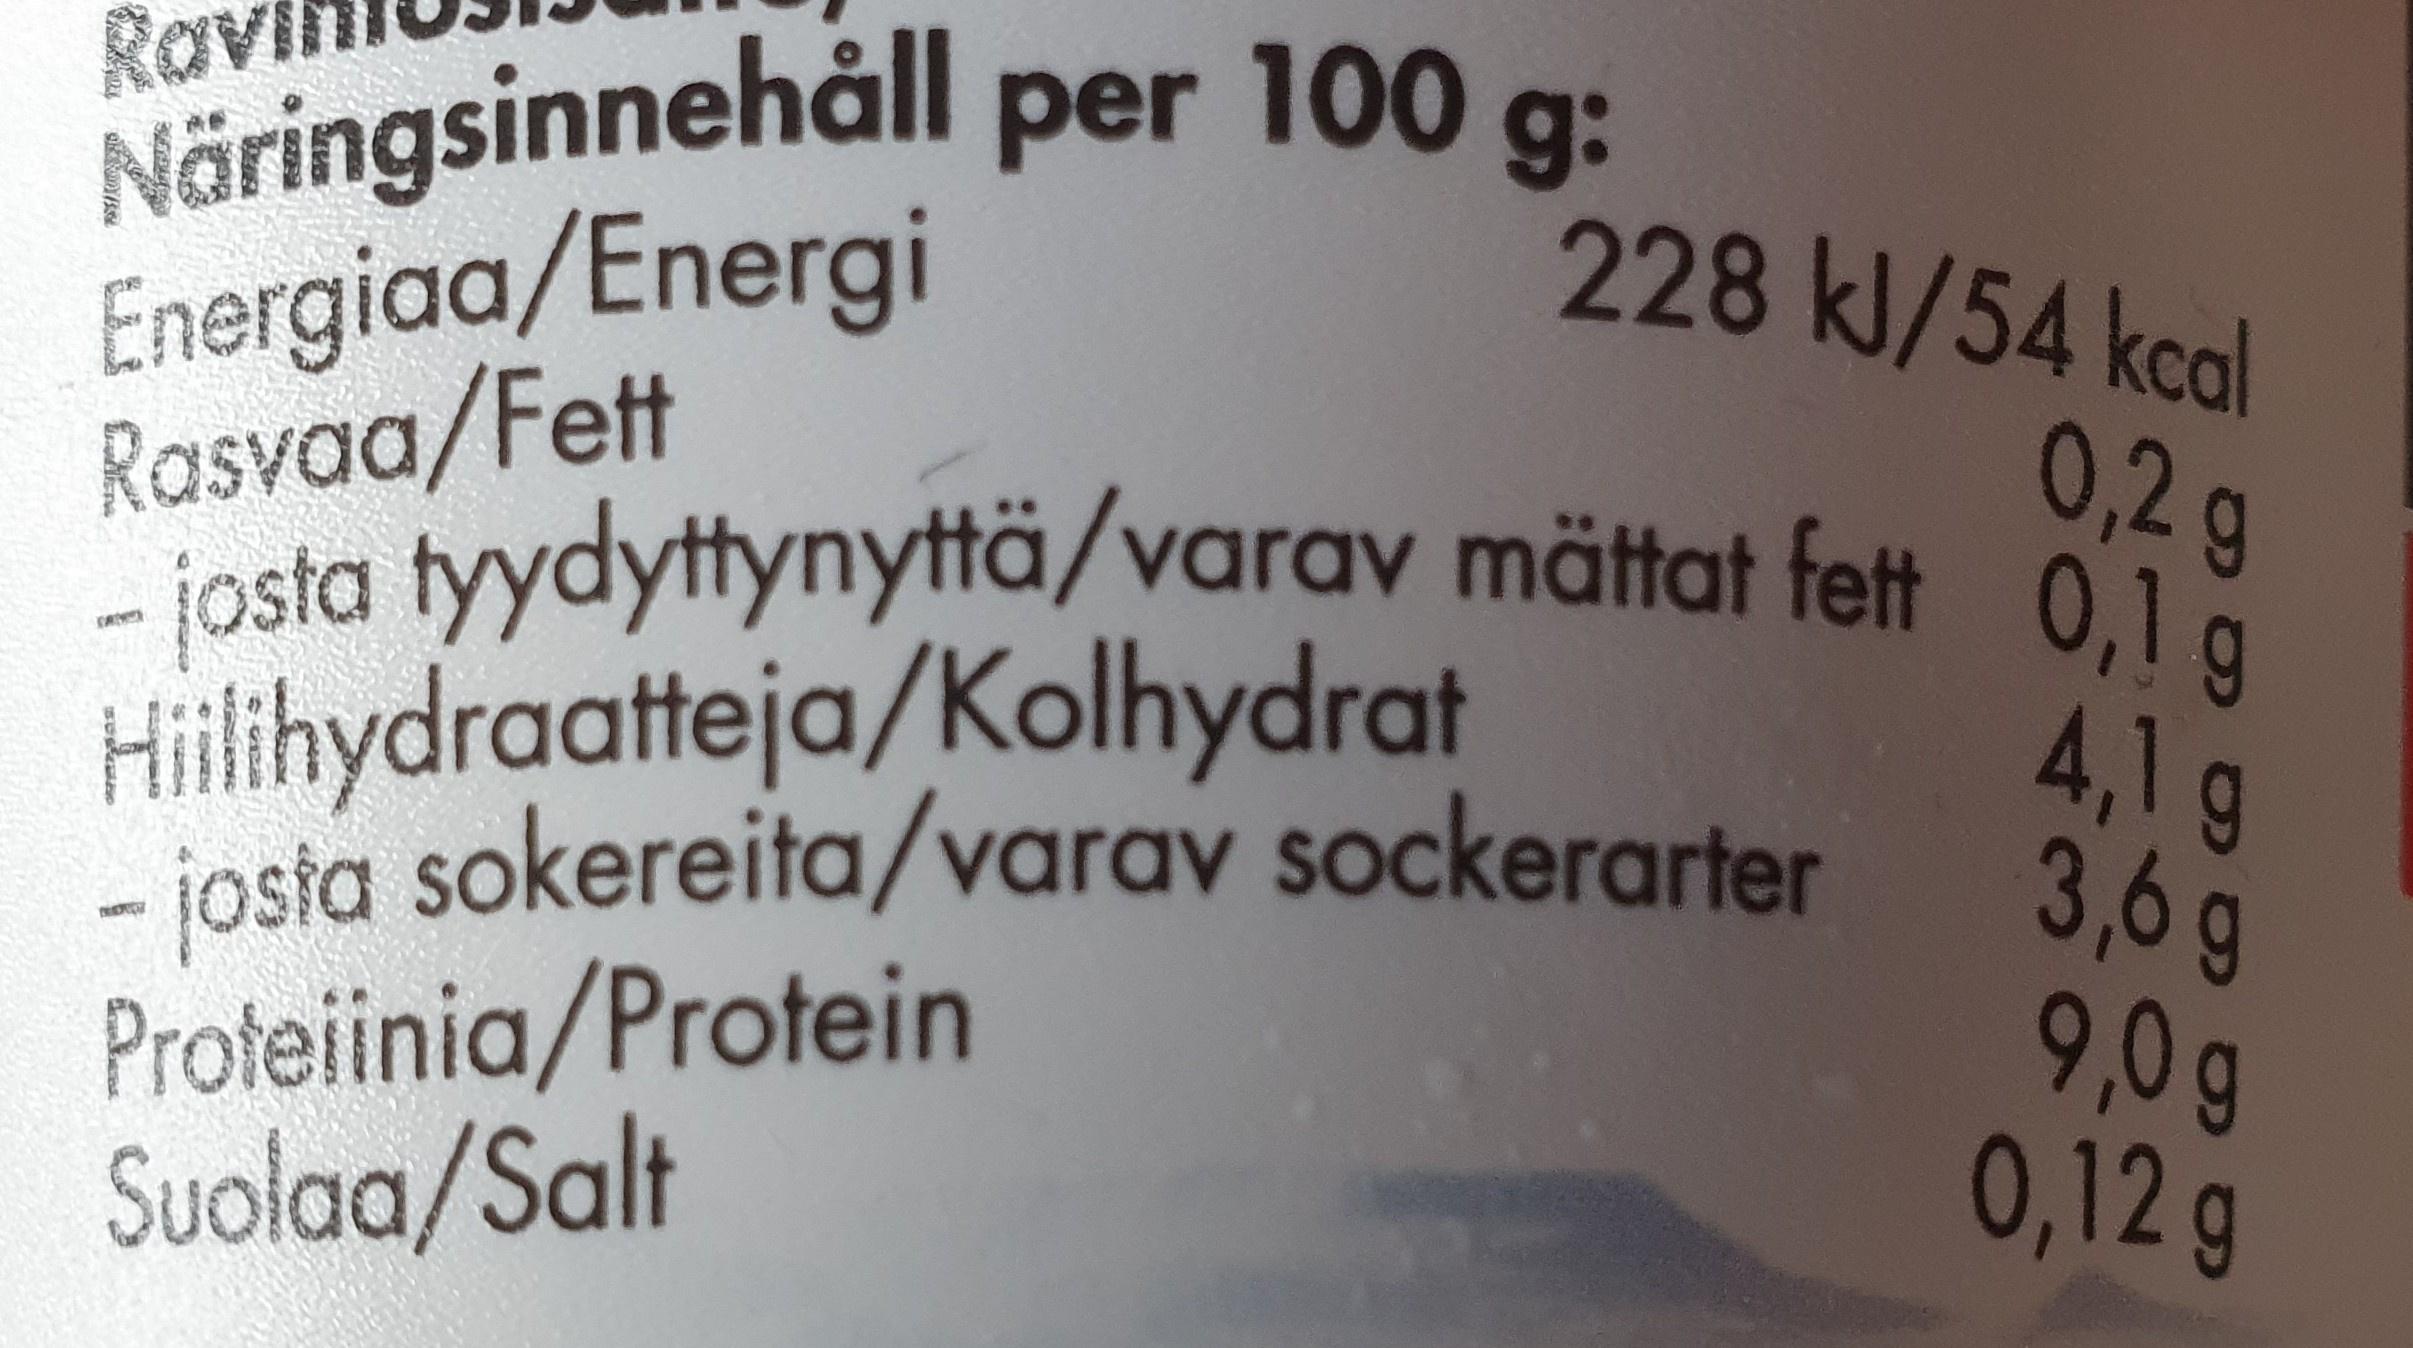
Näringsinnehåll per 100 g: Energiaa/Energi Rasvaa/Fett
Ro
228 kl/54 kcal
0,2g
- josta tyydyttynyttä/varav mättat fett 0,1 g
Hillihydraatteja/Kolhydrat - josta sokereita/varav sockerarter Proteiinia/Protein Suolaa/Salt
4,1 g 3,6g 9,0 g 0,12 g